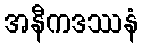
အနီကဒဿနံ